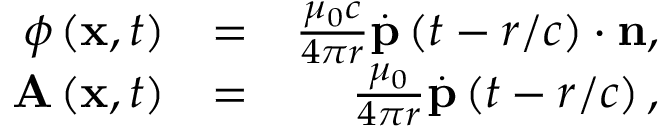
\begin{array} { r l r } { \phi \left( \mathbf { x } , t \right) } & { = } & { \frac { \mu _ { 0 } c } { 4 \pi r } \overset { . } { \mathbf { p } } \left( t - r / c \right) \cdot \mathbf { n } , } \\ { \mathbf { A } \left( \mathbf { x } , t \right) } & { = } & { \frac { \mu _ { 0 } } { 4 \pi r } \overset { . } { \mathbf { p } } \left( t - r / c \right) , } \end{array}